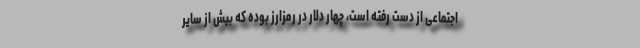
اجتماعی از دست رفته است، چهار دلار در رمزارز بوده که بیش از سایر